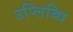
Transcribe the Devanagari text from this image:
उप्लिब्धि